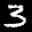
Label: 3